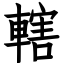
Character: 轄